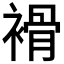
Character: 𧜓